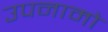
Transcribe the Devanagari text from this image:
उपनामो